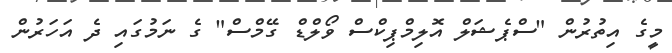
މީގެ އިތުރުން "ސްޕެޝަލް އޮލިމްޕިކްސް ވޯލްޑް ގޭމްސް" ގެ ނަމުގައި ދެ އަހަރުން